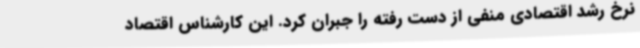
نرخ رشد اقتصادی منفی از دست رفته را جبران کرد. این کارشناس اقتصاد